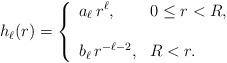
LaTeX: \begin{align*}h_\ell(r)=\left\{ \begin{array}{ll}\displaystyle a_\ell\, r^\ell, &0\leq r<R,\\\\\displaystyle b_\ell \, r^{-\ell-2},&R<r.\end{array}\right.\end{align*}